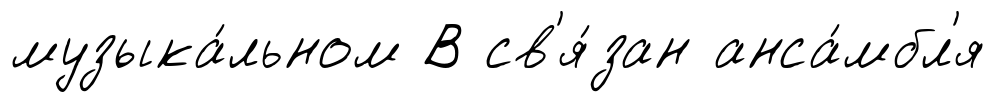
музыка́льном В св'я́зан анса́мбл'я